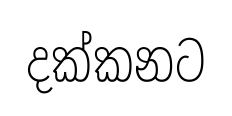
දක්කනට